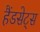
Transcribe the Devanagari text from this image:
हैंडसेट्स